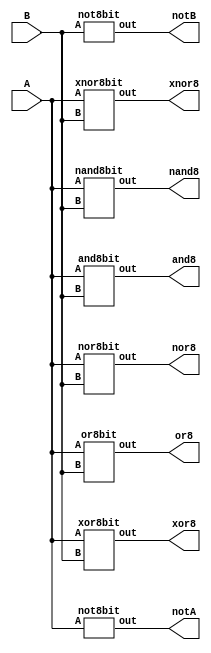
module bitwise_op(notA,notB,and8,nand8,or8,xor8,xnor8,nor8,A,B);

input [7:0]A,B;

output wire [7:0]and8,nand8,or8,xor8,xnor8,nor8,notA,notB;

and8bit and1(and8,A,B);
nand8bit nand1(nand8,A,B);
or8bit or1(or8,A,B);
xor8bit xor1(xor8,A,B);
xnor8bit xnor1(xnor8,A,B);
nor8bit nor1(nor8,A,B);
not8bit compA(notA,A);
not8bit compB(notB,B);
endmodule

module and8bit(out,A,B);
input [7:0]A,B;
output wire [7:0] out;

and and0(out[0],A[0],B[0]);
and and1(out[1],A[1],B[1]);
and and2(out[2],A[2],B[2]);
and and3(out[3],A[3],B[3]);
and and4(out[4],A[4],B[4]);
and and5(out[5],A[5],B[5]);
and and6(out[6],A[6],B[6]);
and and7(out[7],A[7],B[7]);
endmodule

module nand8bit(out,A,B);
input [7:0]A,B;
output wire [7:0] out;

nand nand0(out[0],A[0],B[0]);
nand nand1(out[1],A[1],B[1]);
nand nand2(out[2],A[2],B[2]);
nand nand3(out[3],A[3],B[3]);
nand nand4(out[4],A[4],B[4]);
nand nand5(out[5],A[5],B[5]);
nand nand6(out[6],A[6],B[6]);
nand nand7(out[7],A[7],B[7]);
endmodule

module or8bit(out,A,B);
input [7:0]A,B;
output wire [7:0] out;

or or0(out[0],A[0],B[0]);
or or1(out[1],A[1],B[1]);
or or2(out[2],A[2],B[2]);
or or3(out[3],A[3],B[3]);
or or4(out[4],A[4],B[4]);
or or5(out[5],A[5],B[5]);
or or6(out[6],A[6],B[6]);
or or7(out[7],A[7],B[7]);
endmodule

module xor8bit(out,A,B);
input [7:0]A,B;
output wire [7:0] out;

xor xor0(out[0],A[0],B[0]);
xor xor1(out[1],A[1],B[1]);
xor xor2(out[2],A[2],B[2]);
xor xor3(out[3],A[3],B[3]);
xor xor4(out[4],A[4],B[4]);
xor xor5(out[5],A[5],B[5]);
xor xor6(out[6],A[6],B[6]);
xor xor7(out[7],A[7],B[7]);

endmodule

module nor8bit(out,A,B);
input [7:0]A,B;
output wire [7:0] out;

nor nor0(out[0],A[0],B[0]);
nor nor1(out[1],A[1],B[1]);
nor nor2(out[2],A[2],B[2]);
nor nor3(out[3],A[3],B[3]);
nor nor4(out[4],A[4],B[4]);
nor nor5(out[5],A[5],B[5]);
nor nor6(out[6],A[6],B[6]);
nor nor7(out[7],A[7],B[7]);
endmodule

module xnor8bit(out,A,B);
input [7:0]A,B;
output wire [7:0] out;
xnor xnor0(out[0],A[0],B[0]);
xnor xnor1(out[1],A[1],B[1]);
xnor xnor2(out[2],A[2],B[2]);
xnor xnor3(out[3],A[3],B[3]);
xnor xnor4(out[4],A[4],B[4]);
xnor xnor5(out[5],A[5],B[5]);
xnor xnor6(out[6],A[6],B[6]);
xnor xnor7(out[7],A[7],B[7]);

endmodule

module not8bit(out,A);
input [7:0]A;
output wire [7:0] out;

not not0(out[0],A[0]);
not not1(out[1],A[1]);
not not2(out[2],A[2]);
not not3(out[3],A[3]);
not not4(out[4],A[4]);
not not5(out[5],A[5]);
not not6(out[6],A[6]);
not not7(out[7],A[7]);

endmodule